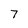
Character: 7